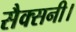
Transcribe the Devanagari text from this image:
सैक्सनी।